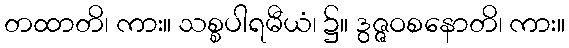
တထာတိ၊ ကား။ သစ္စပါရမီယံ၊ ၌။ ဒွဇ္ဇဝစနောတိ၊ ကား။